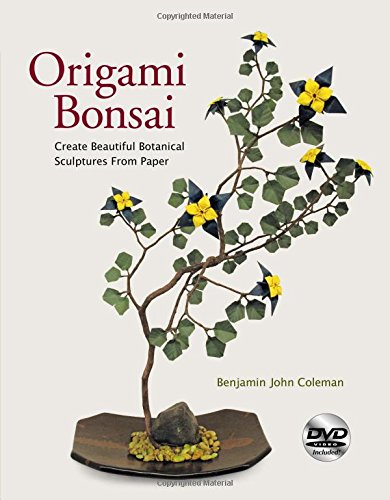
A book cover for Origami Bonsai: Create Beautiful Botanical Sculptures From Paper [Origami Book & Instructional DVD]; Benjamin John Coleman; Crafts, Hobbies & Home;